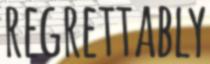
REGRETTABLY